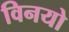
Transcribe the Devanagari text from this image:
विनयो